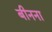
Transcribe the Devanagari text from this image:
बीनना